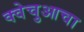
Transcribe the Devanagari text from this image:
क्वेचुआचा